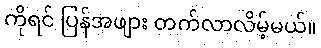
ကိုရင် ပြန်အဖျား တက်လာလိမ့်မယ်။